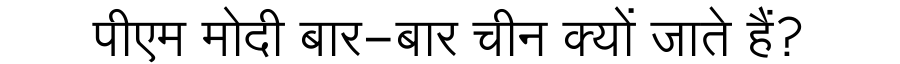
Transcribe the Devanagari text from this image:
पीएम मोदी बार-बार चीन क्यों जाते हैं?